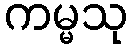
ကမ္မသု